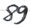
Text: 89